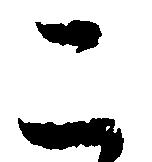
こ